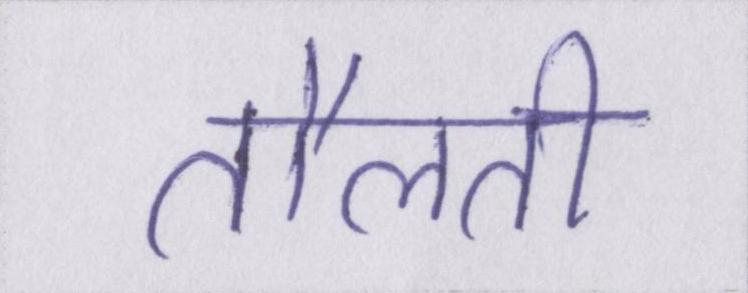
तौलती